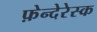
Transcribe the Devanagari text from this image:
फ़ेन्देरेस्क